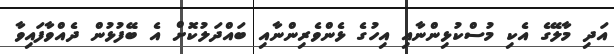
އަދި މާލޭގެ އެކި މުސްކުޅިންނާއި އިހުގެ ޅެންވެރިންނާއި ބައްދަލުކޮށް އެ ބޭފުޅުން ދެއްވާފައިވާ